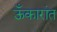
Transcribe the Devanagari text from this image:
ऊँकारांत